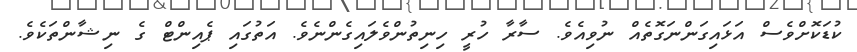
ކުޑަކޮށްވެސް އަޅައިގަންނަގޮތެއް ނުވިއެވެ. ސާރާ ހުރީ ހިނިތުންވެލައިގެންނެވެ. އަތުގައި ޕެއިންޓް ގެ ނިޝާންތަކެވެ.